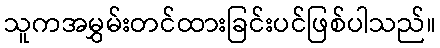
သူကအမွှမ်းတင်ထားခြင်းပင်ဖြစ်ပါသည်။